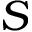
S